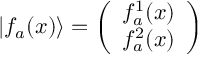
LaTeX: \vert f _ { a } ( x ) \rangle = \left( \begin{array} { c } { { f _ { a } ^ { 1 } ( x ) } } \\ { { f _ { a } ^ { 2 } ( x ) } } \end{array} \right)